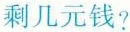
剩几元钱？